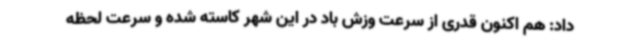
داد: هم اکنون قدری از سرعت وزش باد در این شهر کاسته شده و سرعت لحظه